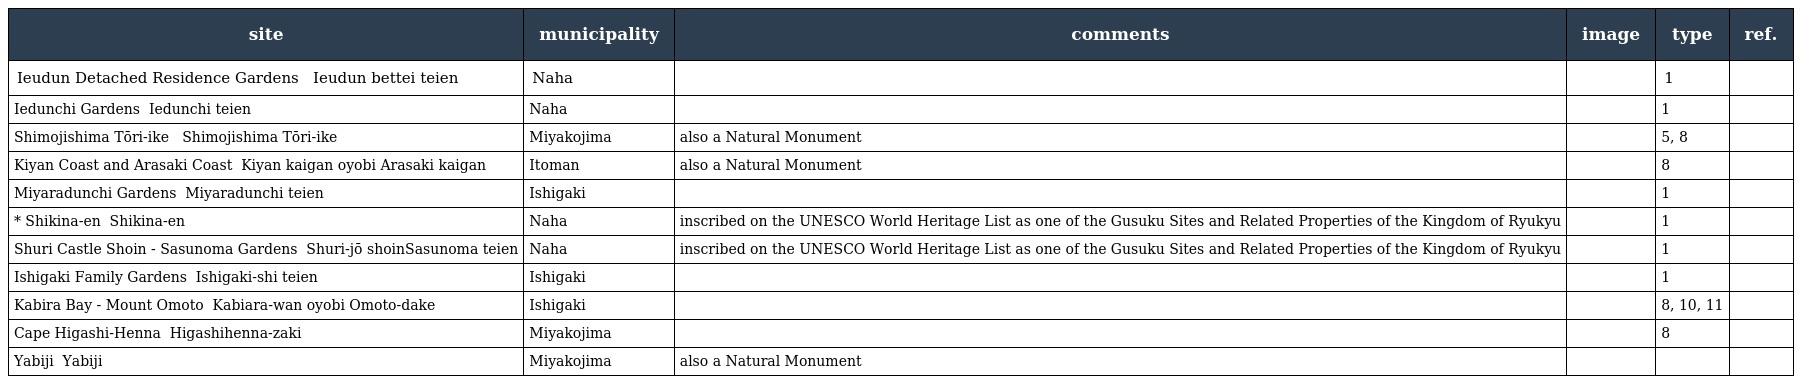
| site | municipality | comments | image | type | ref. |
 | --- | --- | --- | --- | --- | --- |
 | Ieudun Detached Residence Gardens 伊江御殿 別邸庭園 Ieudun bettei teien | Naha |  |  | 1 |  |
 | Iedunchi Gardens 伊江殿内庭園 Iedunchi teien | Naha |  |  | 1 |  |
 | Shimojishima Tōri-ike 下地島の 通り池 Shimojishima Tōri-ike | Miyakojima | also a Natural Monument |  | 5, 8 |  |
 | Kiyan Coast and Arasaki Coast 喜屋武海岸及び荒崎海岸 Kiyan kaigan oyobi Arasaki kaigan | Itoman | also a Natural Monument |  | 8 |  |
 | Miyaradunchi Gardens 宮良殿内庭園 Miyaradunchi teien | Ishigaki |  |  | 1 |  |
 | * Shikina-en 識名園 Shikina-en | Naha | inscribed on the UNESCO World Heritage List as one of the Gusuku Sites and Related Properties of the Kingdom of Ryukyu |  | 1 |  |
 | Shuri Castle Shoin - Sasunoma Gardens 首里城書院・鎖之間庭園 Shuri-jō shoin・Sasunoma teien | Naha | inscribed on the UNESCO World Heritage List as one of the Gusuku Sites and Related Properties of the Kingdom of Ryukyu |  | 1 |  |
 | Ishigaki Family Gardens 石垣氏庭園 Ishigaki-shi teien | Ishigaki |  |  | 1 |  |
 | Kabira Bay - Mount Omoto 川平湾及び於茂登岳 Kabiara-wan oyobi Omoto-dake | Ishigaki |  |  | 8, 10, 11 |  |
 | Cape Higashi-Henna 東平安名崎 Higashihenna-zaki | Miyakojima |  |  | 8 |  |
 | Yabiji 八重干瀬 Yabiji | Miyakojima | also a Natural Monument |  |  |  |